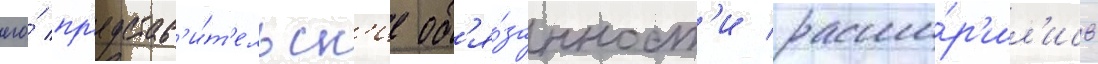
его́ пр'едстав'и́т'ельск'ие об'я́занност'и расши́р'ил'ись